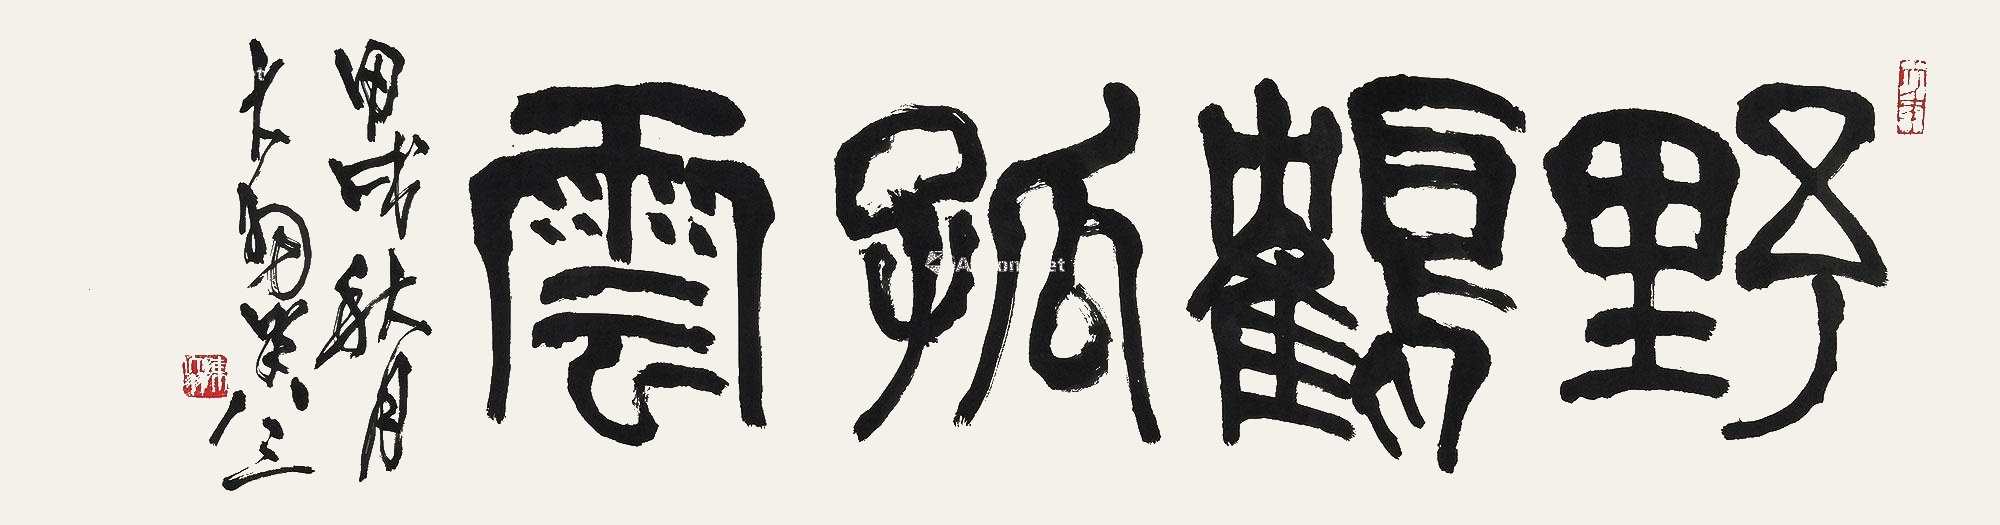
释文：野鹤孤云。甲戌秋月，大羽年八三。